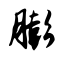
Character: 膨